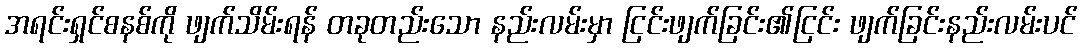
အရင်းရှင်စနစ်ကို ဖျက်သိမ်းရန် တခုတည်းသော နည်းလမ်းမှာ ငြင်းဖျက်ခြင်း၏ငြင်း ဖျက်ခြင်းနည်းလမ်းပင်